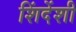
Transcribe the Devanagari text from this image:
शिंदेंशी